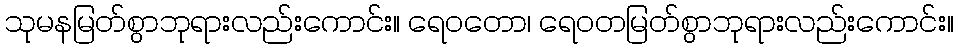
သုမနမြတ်စွာဘုရားလည်းကောင်း။ ရေဝတော၊ ရေဝတမြတ်စွာဘုရားလည်းကောင်း။